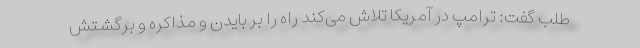
طلب گفت: ترامپ در آمریکا تلاش می‌کند راه را بر بایدن و مذاکره و برگشتش